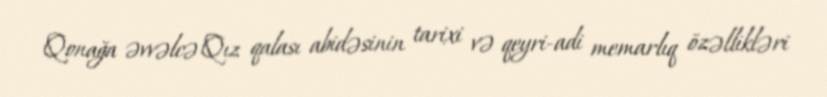
Qonağa əvvəlcə Qız qalası abidəsinin tarixi və qeyri-adi memarlıq özəllikləri